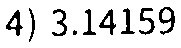
4) 3.14159